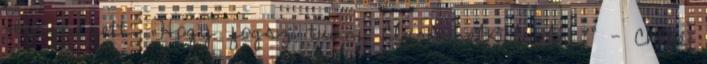
végignézett. „Hogy fogsz tudni Clark nélkül élni?” - Chloé